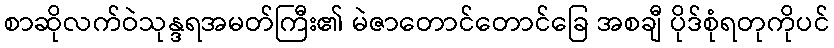
စာဆိုလက်ဝဲသုန္ဒရအမတ်ကြီး၏ မဲဇာတောင်တောင်ခြေ အစချီ ပိုဒ်စုံရတုကိုပင်